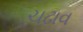
ચઢાવ